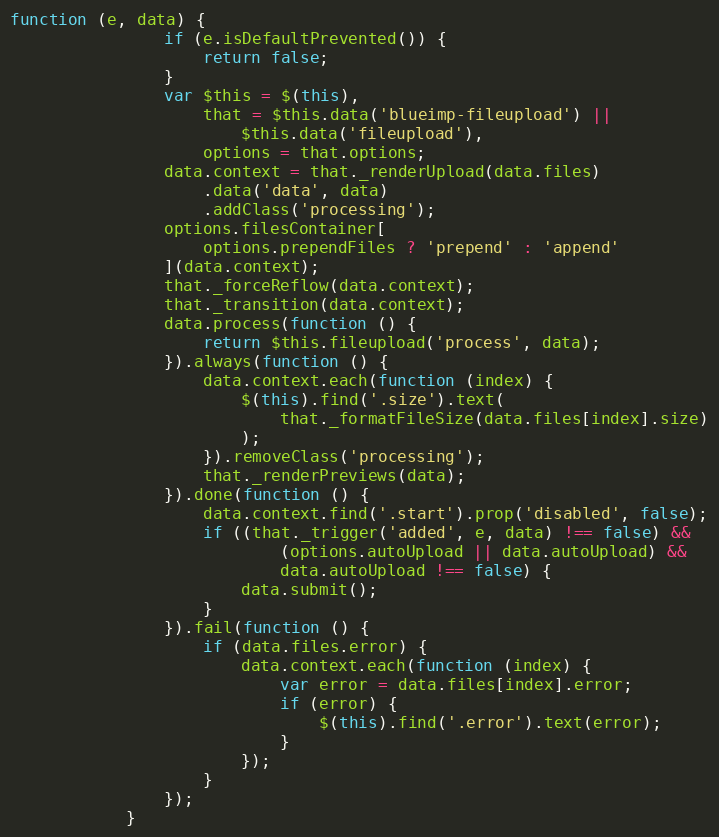
Language: JavaScript
function (e, data) {
                if (e.isDefaultPrevented()) {
                    return false;
                }
                var $this = $(this),
                    that = $this.data('blueimp-fileupload') ||
                        $this.data('fileupload'),
                    options = that.options;
                data.context = that._renderUpload(data.files)
                    .data('data', data)
                    .addClass('processing');
                options.filesContainer[
                    options.prependFiles ? 'prepend' : 'append'
                ](data.context);
                that._forceReflow(data.context);
                that._transition(data.context);
                data.process(function () {
                    return $this.fileupload('process', data);
                }).always(function () {
                    data.context.each(function (index) {
                        $(this).find('.size').text(
                            that._formatFileSize(data.files[index].size)
                        );
                    }).removeClass('processing');
                    that._renderPreviews(data);
                }).done(function () {
                    data.context.find('.start').prop('disabled', false);
                    if ((that._trigger('added', e, data) !== false) &&
                            (options.autoUpload || data.autoUpload) &&
                            data.autoUpload !== false) {
                        data.submit();
                    }
                }).fail(function () {
                    if (data.files.error) {
                        data.context.each(function (index) {
                            var error = data.files[index].error;
                            if (error) {
                                $(this).find('.error').text(error);
                            }
                        });
                    }
                });
            }